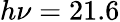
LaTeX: h\nu=21.6